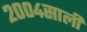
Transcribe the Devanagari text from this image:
२००४साली